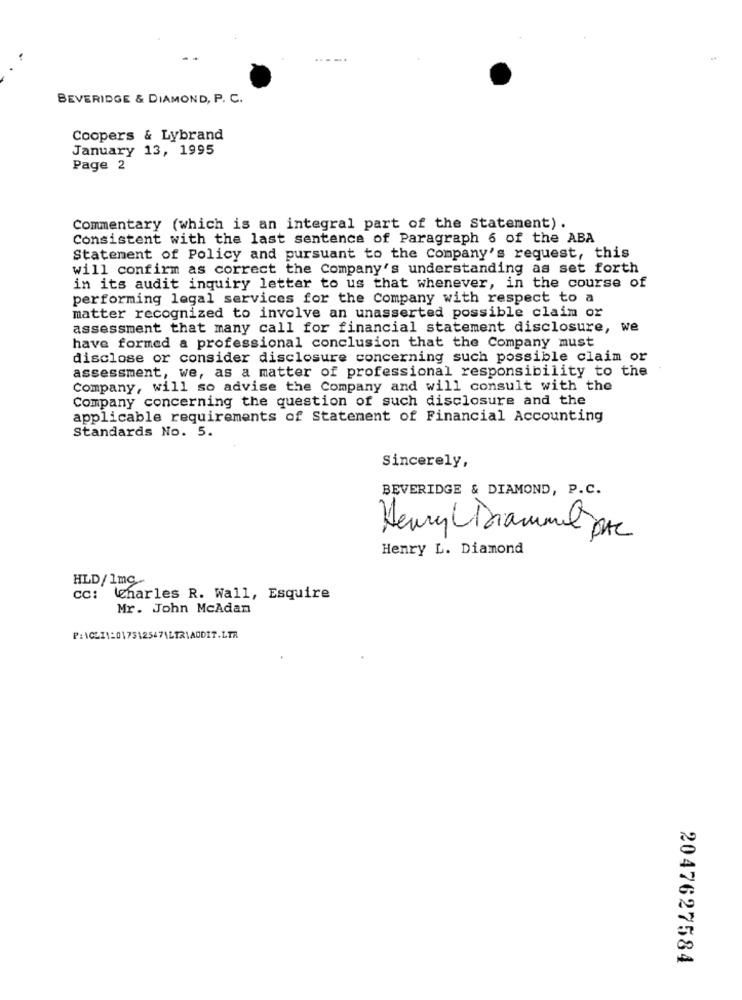
BEVERIDGE & DIAMOND, P. C.
Coopers & Lybrand
January 13, 1995
Page 2
Commentary (which is an integral part of the Statement) .
Consistent with the last sentence of Paragraph 6 of the ABA
Statement of Policy and pursuant to the Company's request, this
will confirm as correct the Company's understanding as set forth
in its audit inquiry letter to us that whenever, in the course of
performing legal services for the Company with respect to a
matter recognized to involve an unasserted possible claim or
assessment that many call for financial statement disclosure, we
have formed a professional conclusion that the Company must
disclose or consider disclosure concerning such possible claim or
assessment, we, as a matter of professional responsibility to the
Company, will so advise the Company and will consult with the
Company concerning the question of such disclosure and the
applicable requirements of Statement of Financial Accounting
Standards No. 5.
Sincerely,
BEVERIDGE & DIAMOND, P.C.
Henry Libiamoil pac
Henry L. Diamond
HLD/1mc
cc: charles R. Wall, Esquire
Mr. John McAdan
2047627584